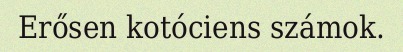
Erősen kotóciens számok.